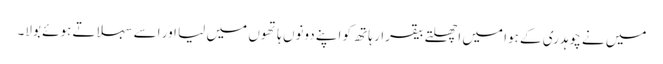
میں نے چوہدری کے ہوا میں اچھلتے بیقرار ہاتھ کو اپنے دونوں ہاتھوں میں لیا اور اسے سہلاتے ہوئے بولا۔